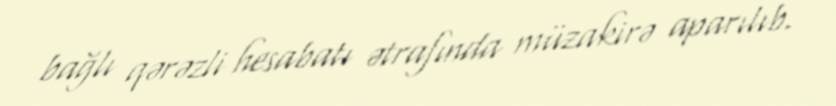
bağlı qərəzli hesabatı ətrafında müzakirə aparılıb.